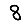
Digit: 8